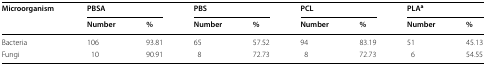
| <ROWSPAN=2> Microorganism | <COLSPAN=2> PBSA | <COLSPAN=2> PBS | <COLSPAN=2> PCL | <COLSPAN=2> PLAa |
 | Number | % | Number | % | Number | % | Number | % |
 | --- | --- | --- | --- | --- | --- | --- | --- | --- |
 | Bacteria | 106 | 93.81 | 65 | 57.52 | 94 | 83.19 | 51 | 45.13 |
 | Fungi | 10 | 90.91 | 8 | 72.73 | 8 | 72.73 | 6 | 54.55 |